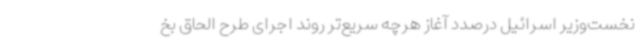
نخست‌وزیر اسرائیل درصدد آغاز هرچه سریع‌تر روند اجرای طرح الحاق بخ